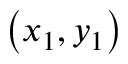
\left( { x _ { 1 } , y _ { 1 } } \right)